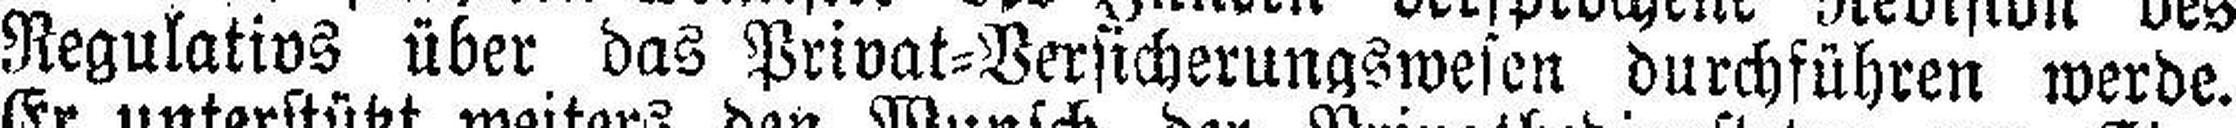
Regulativs über das Privat=Versicherungswesen durchführen werde.